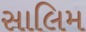
સાલિમ